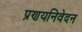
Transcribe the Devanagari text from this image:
प्रणयनिवेदन